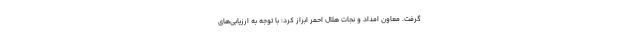
گرفت. معاون امداد و نجات هلال احمر ابراز کرد: با توجه به ارزیابی‌های